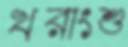
খরাংশু